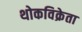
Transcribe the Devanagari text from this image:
थोकविक्रेता